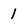
Character: l